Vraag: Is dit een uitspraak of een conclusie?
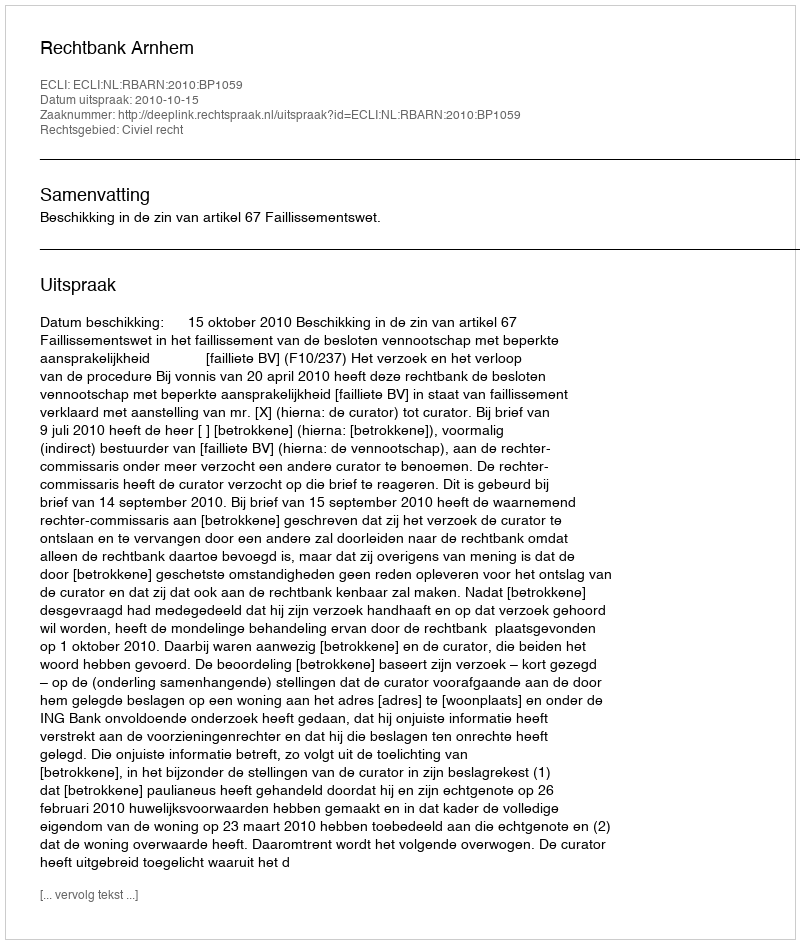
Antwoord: Uitspraak